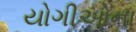
યોગીઓના